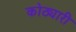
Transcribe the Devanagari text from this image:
कोठ्यारी